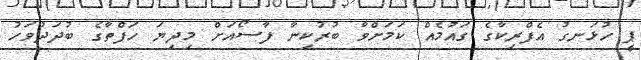
ޕީ ހުޅަނގު އެފްރިކާގެ ގައުމެއް ކަމަށްވާ ބުރުކިނާ ފާސޯއަށް މިދިޔަ ހަފްތާގެ ބުދަދުވަހު